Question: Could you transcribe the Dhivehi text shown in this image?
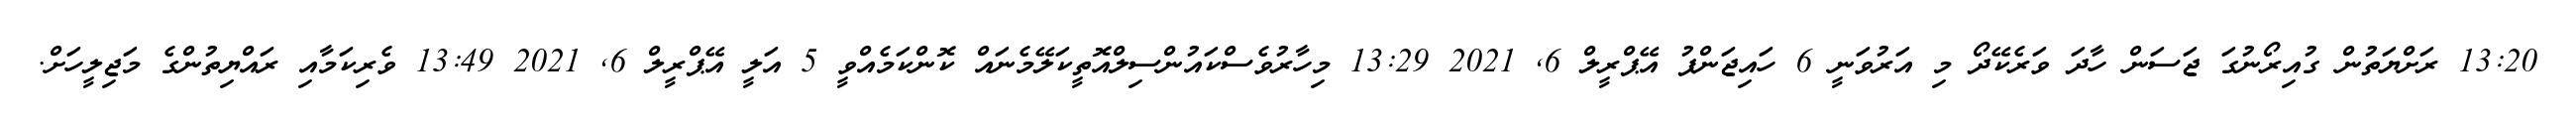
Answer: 13:20 ރަށްޔަތުން ގުއިރޯނުގަ ޖަސަން ހާދަ ވަރެކޭދޯ މި އަރުވަނީ 6 ހައިޖަންޕު އޭޕްރީލް 6, 2021 13:29 މިހާރުވެސްކައުންސިލްއޮތީކަލޭމެނައް ކޮންކަމެއްވީ 5 އަލީ އޭޕްރީލް 6, 2021 13:49 ވެރިކަމާއި ރައްޔިތުންގެ މަޖިލީހަށް.